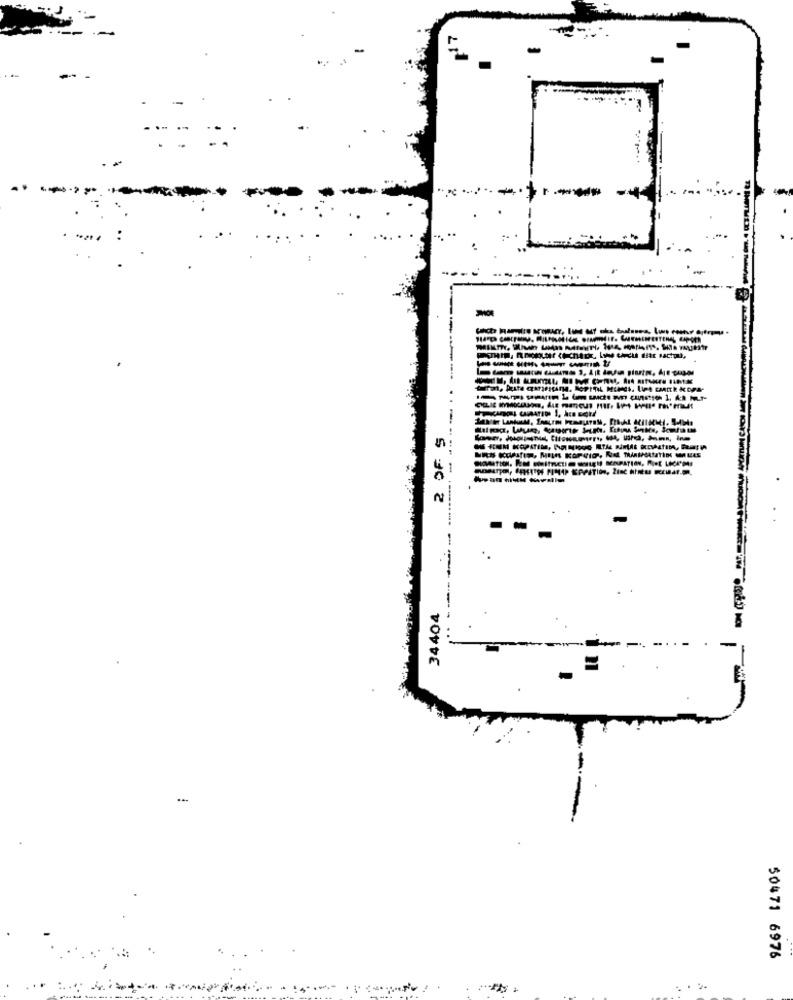
17
-----
2 OF S
-------
--
34404
Løgn
50471 6976